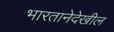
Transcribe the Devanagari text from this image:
भारतानेदेखील